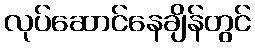
လုပ်ဆောင်နေချိန်တွင်